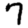
Digit: 7